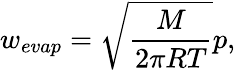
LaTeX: {w_{evap}}=\sqrt{\frac{M}{{2\pi RT}}}p,